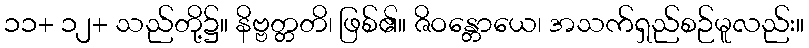
၁၁+ ၁၂+ သည်တို့၌။ နိဗ္ဗတ္တတိ၊ ဖြစ်၏။ ဇိဝန္တောယေ၊ အသက်ရှည်စဉ်မူလည်း။